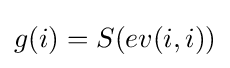
g(i)=S(ev(i,i))